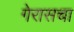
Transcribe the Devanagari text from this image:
गेरासचा